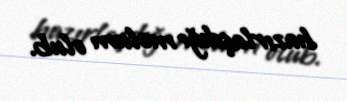
hazırlaşdığı məlum olub.